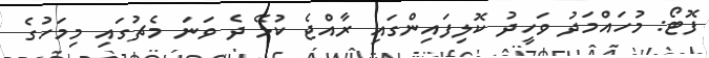
ފޮޓޯ: މުހައްމަދު ވަހީދު ކޮލިފައިންގައި ރާއްޖެ ކުޅޭ ދެ ވަނަ މެޗުގައި މިމަހުގެ